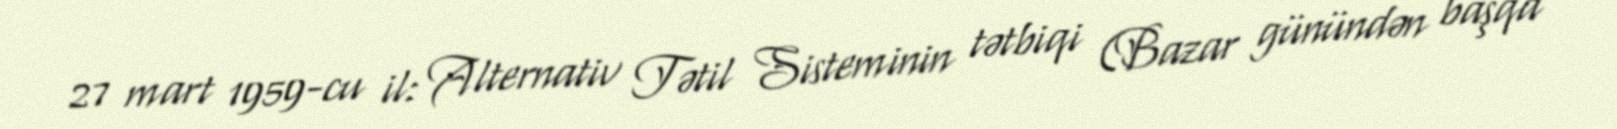
27 mart 1959-cu il: Alternativ Tətil Sisteminin tətbiqi (Bazar günündən başqa